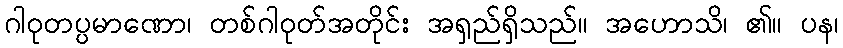
ဂါဝုတပ္ပမာဏော၊ တစ်ဂါဝုတ်အတိုင်း အရှည်ရှိသည်။ အဟောသိ၊ ၏။ ပန၊